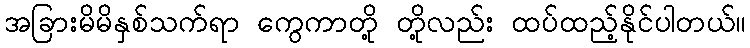
အခြားမိမိနှစ်သက်ရာ ကွေကာတို့ တို့လည်း ထပ်ထည့်နိုင်ပါတယ်။